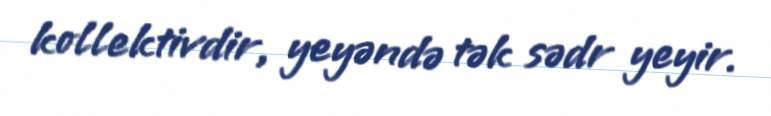
kollektivdir, yeyəndə tək sədr yeyir.